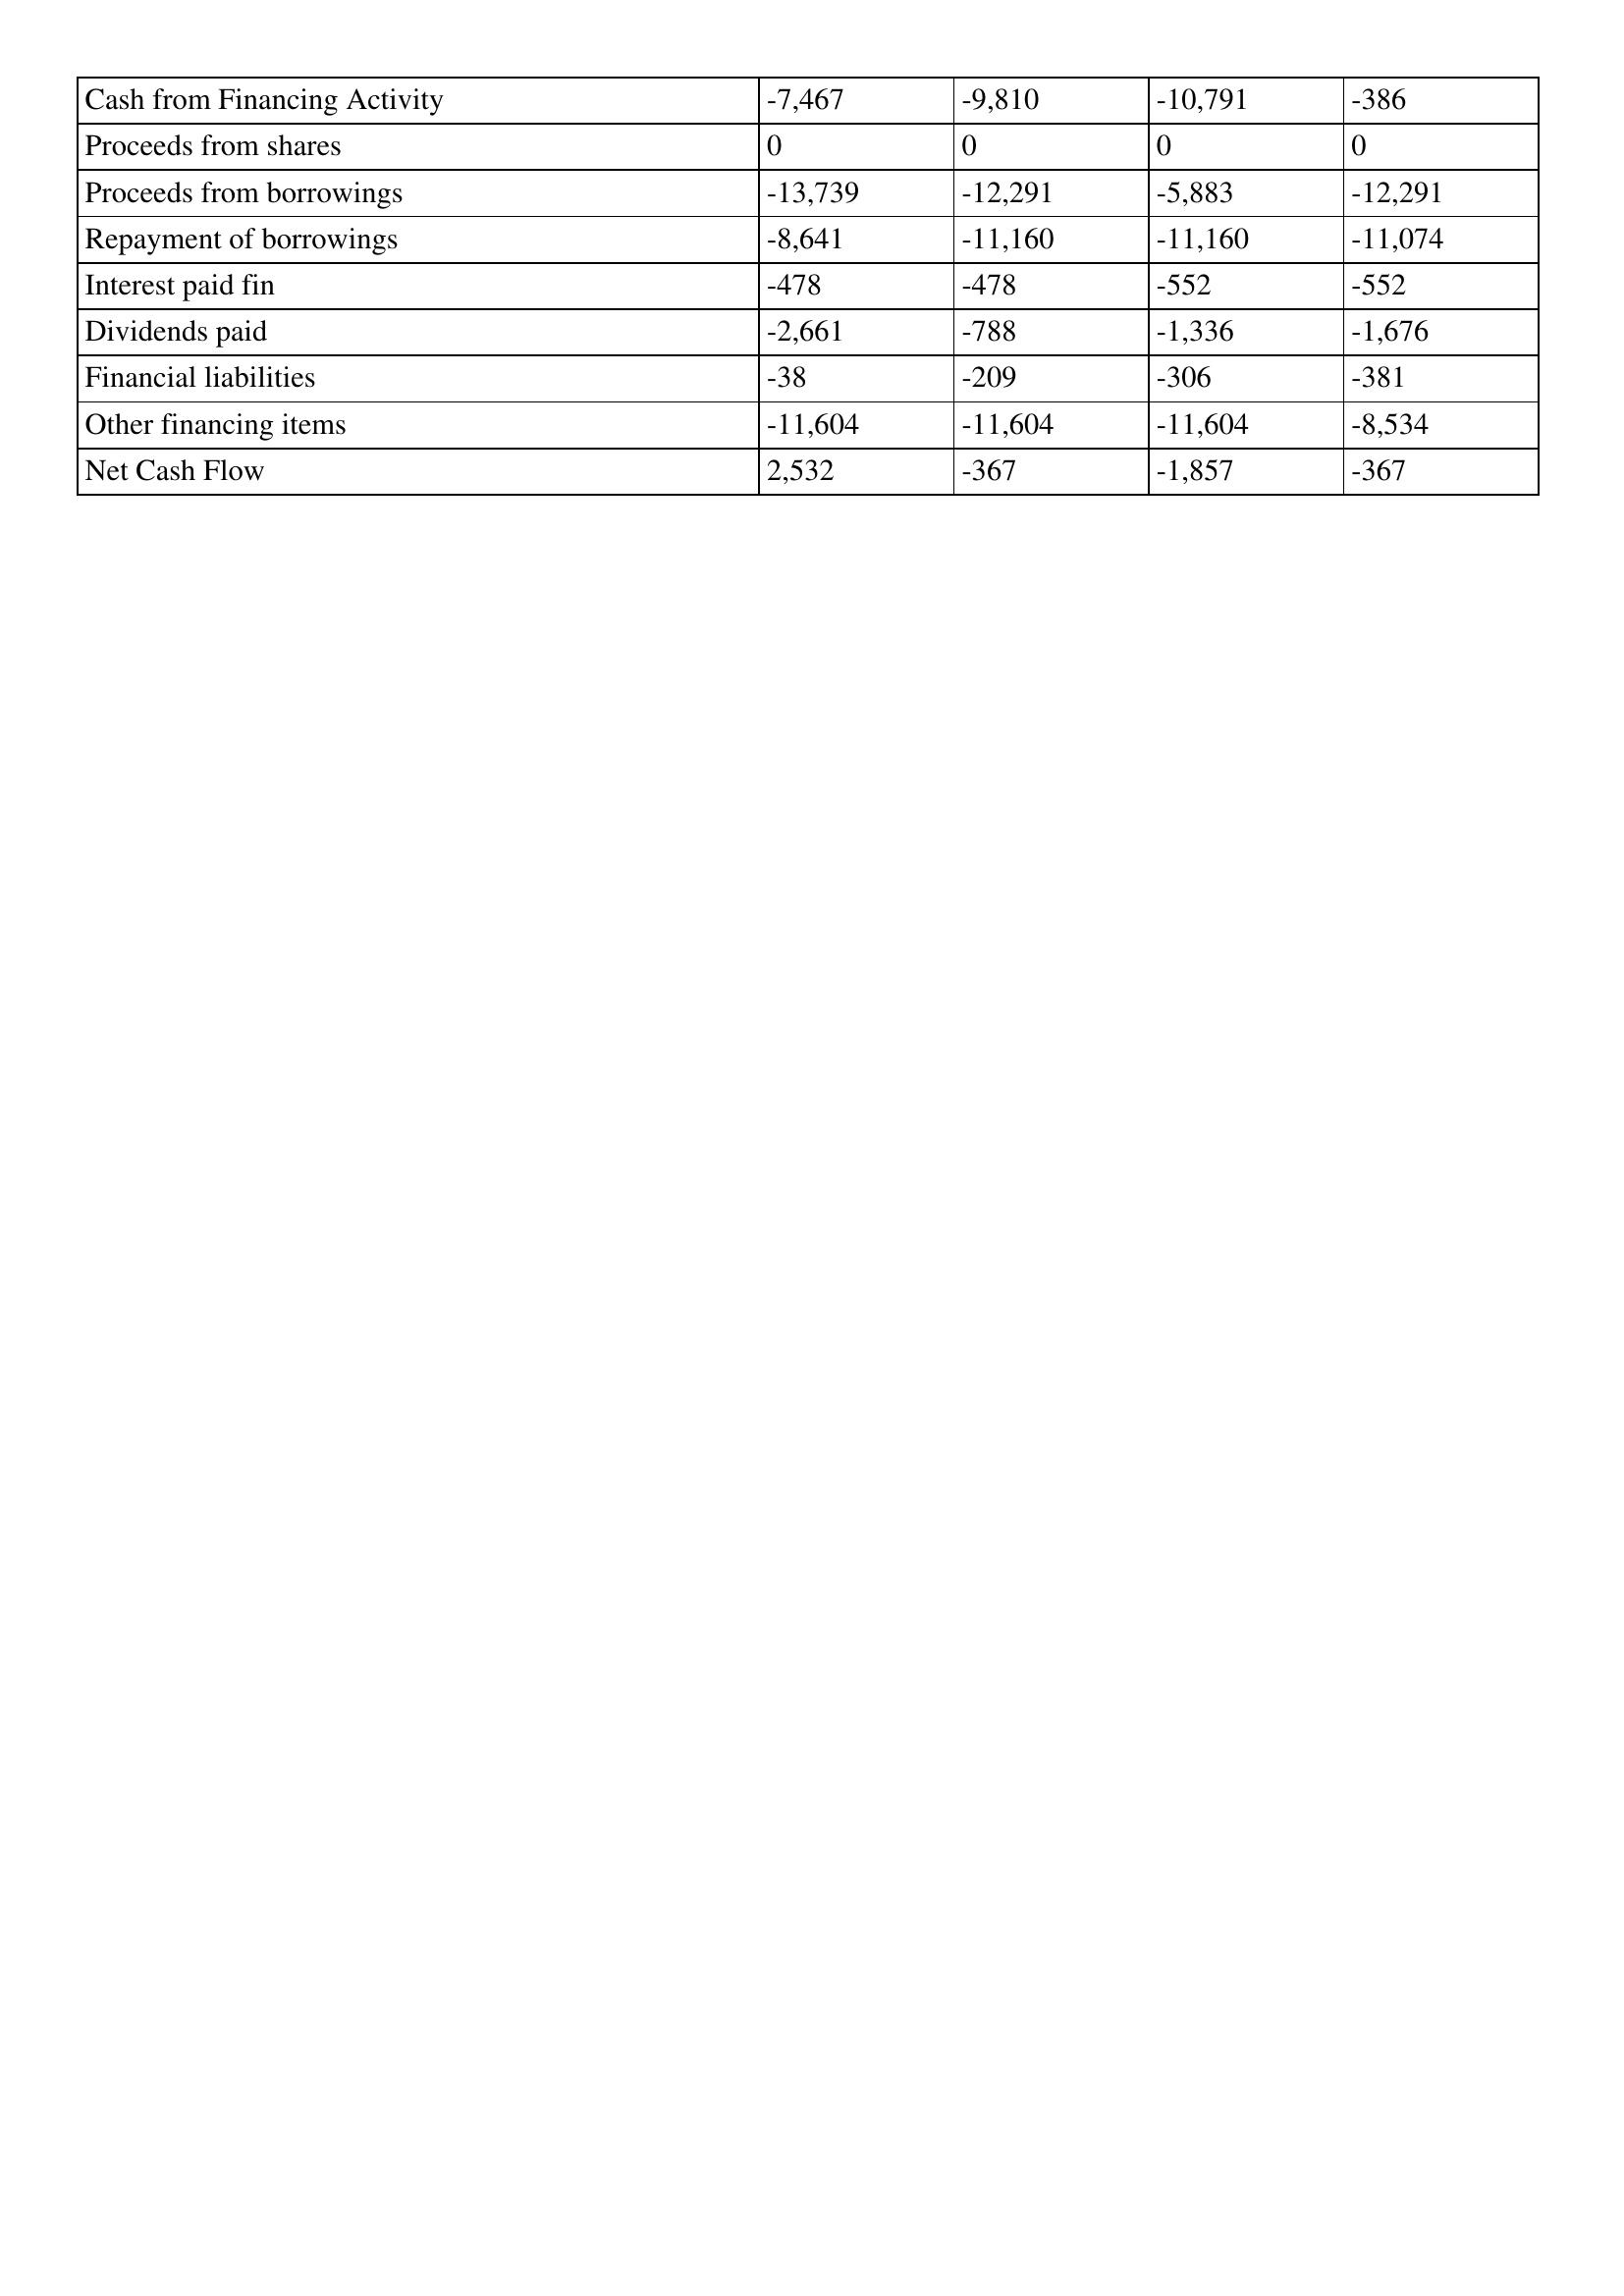
gt_parse: 2019: Cash Flows: Cash from Financing Activity: -7,467
Proceeds from shares: 0
Proceeds from borrowings: -13,739
Repayment of borrowings: -8,641
Interest paid fin: -478
Dividends paid: -2,661
Financial liabilities: -38
Other financing items: -11,604
Net Cash Flow: 2,532
2018: Cash Flows: Cash from Financing Activity: -9,810
Proceeds from shares: 0
Proceeds from borrowings: -12,291
Repayment of borrowings: -11,160
Interest paid fin: -478
Dividends paid: -788
Financial liabilities: -209
Other financing items: -11,604
Net Cash Flow: -367
2017: Cash Flows: Cash from Financing Activity: -10,791
Proceeds from shares: 0
Proceeds from borrowings: -5,883
Repayment of borrowings: -11,160
Interest paid fin: -552
Dividends paid: -1,336
Financial liabilities: -306
Other financing items: -11,604
Net Cash Flow: -1,857
2016: Cash Flows: Cash from Financing Activity: -386
Proceeds from shares: 0
Proceeds from borrowings: -12,291
Repayment of borrowings: -11,074
Interest paid fin: -552
Dividends paid: -1,676
Financial liabilities: -381
Other financing items: -8,534
Net Cash Flow: -367